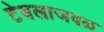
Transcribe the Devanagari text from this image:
टेबलाजवळ